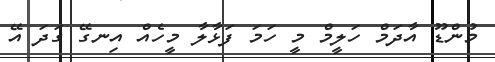
މުންޑޫ އާދަމް ހަލީމް މީ ހަމަ ފަޅާލާ މީހެއް އިނގޭ ގަދަ އޭ